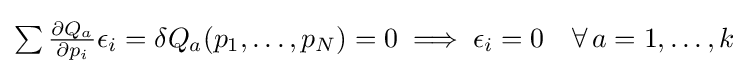
{\textstyle \sum {\frac {\partial Q_{a}}{\partial p_{i}}}\epsilon _{i}=\delta Q_{a}(p_{1},\ldots ,p_{N})=0\implies \epsilon _{i}=0\quad \forall \,a=1,\ldots ,k}